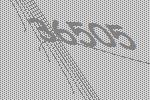
36505